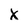
Character: x